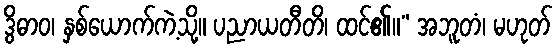
ဒွိဓာဝ၊ နှစ်ယောက်ကဲ့သို့။ ပညာယတီတိ၊ ထင်၏။” အဘူတံ၊ မဟုတ်